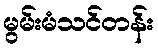
မွမ်းမံသင်တန်း